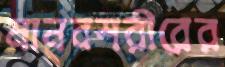
মানবশরীরের